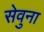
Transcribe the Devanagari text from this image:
सेवुना